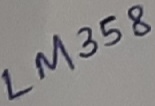
Text: LM358